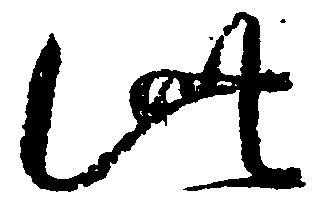
此